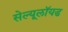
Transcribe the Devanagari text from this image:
सेल्यूलॉयड